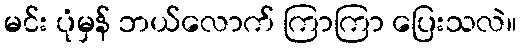
မင်း ပုံမှန် ဘယ်လောက် ကြာကြာ ပြေးသလဲ။